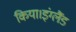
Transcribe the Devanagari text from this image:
किया।इंग्लैंड